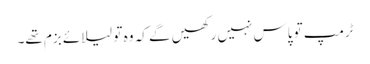
ٹرمپ تو پاس نہیں رکھیں گے کہ وہ تو لیلائے بزم تھے۔